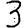
Digit: 3